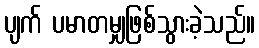
ပျက် ပမာတမျှဖြစ်သွားခဲ့သည်။